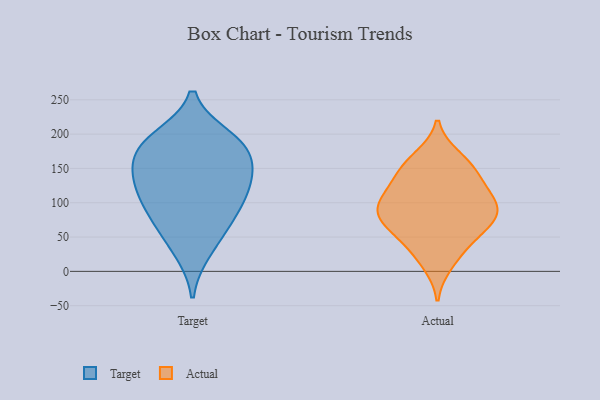
{"axis": {"x": "Humidity (%)", "y": "Value"}, "legend": ["Actual", "Target"], "data": [{"x": "", "y": 150, "type": "Target"}, {"x": "", "y": 183, "type": "Target"}, {"x": "", "y": 85, "type": "Target"}, {"x": "", "y": 129, "type": "Target"}, {"x": "", "y": 124, "type": "Target"}, {"x": "", "y": 30, "type": "Target"}, {"x": "", "y": 176, "type": "Target"}, {"x": "", "y": 128, "type": "Target"}, {"x": "", "y": 62, "type": "Target"}, {"x": "", "y": 90, "type": "Target"}, {"x": "", "y": 184, "type": "Target"}, {"x": "", "y": 194, "type": "Target"}, {"x": "", "y": 159, "type": "Actual"}, {"x": "", "y": 11, "type": "Actual"}, {"x": "", "y": 81, "type": "Actual"}, {"x": "", "y": 89, "type": "Actual"}, {"x": "", "y": 139, "type": "Actual"}, {"x": "", "y": 120, "type": "Actual"}, {"x": "", "y": 101, "type": "Actual"}, {"x": "", "y": 85, "type": "Actual"}, {"x": "", "y": 96, "type": "Actual"}, {"x": "", "y": 61, "type": "Actual"}, {"x": "", "y": 123, "type": "Actual"}, {"x": "", "y": 29, "type": "Actual"}, {"x": "", "y": 61, "type": "Actual"}, {"x": "", "y": 166, "type": "Actual"}, {"x": "", "y": 89, "type": "Actual"}, {"x": "", "y": 51, "type": "Actual"}, {"x": "", "y": 149, "type": "Actual"}]}